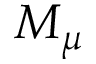
M _ { \mu }